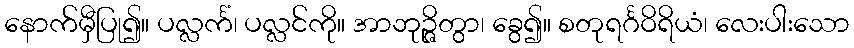
နောက်မှီပြု၍။ ပလ္လင်္ကံ၊ ပလ္လင်ကို။ အာဘုဉ္ဇိတွာ၊ ခွေ၍။ စတုရင်္ဂဝိရိယံ၊ လေးပါးသော